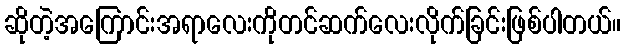
ဆိုတဲ့အကြောင်းအရာလေးကိုတင်ဆက်လေးလိုက်ခြင်းဖြစ်ပါတယ်။